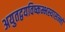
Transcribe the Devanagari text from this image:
अयुतद्वयविष्कम्भस्यासन्नो